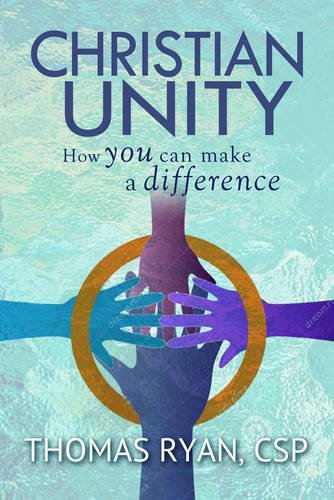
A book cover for Christian Unity: How You Can Make a Difference; Thomas Ryan CSP; Christian Books & Bibles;